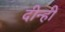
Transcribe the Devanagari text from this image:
दीन्‍हीं